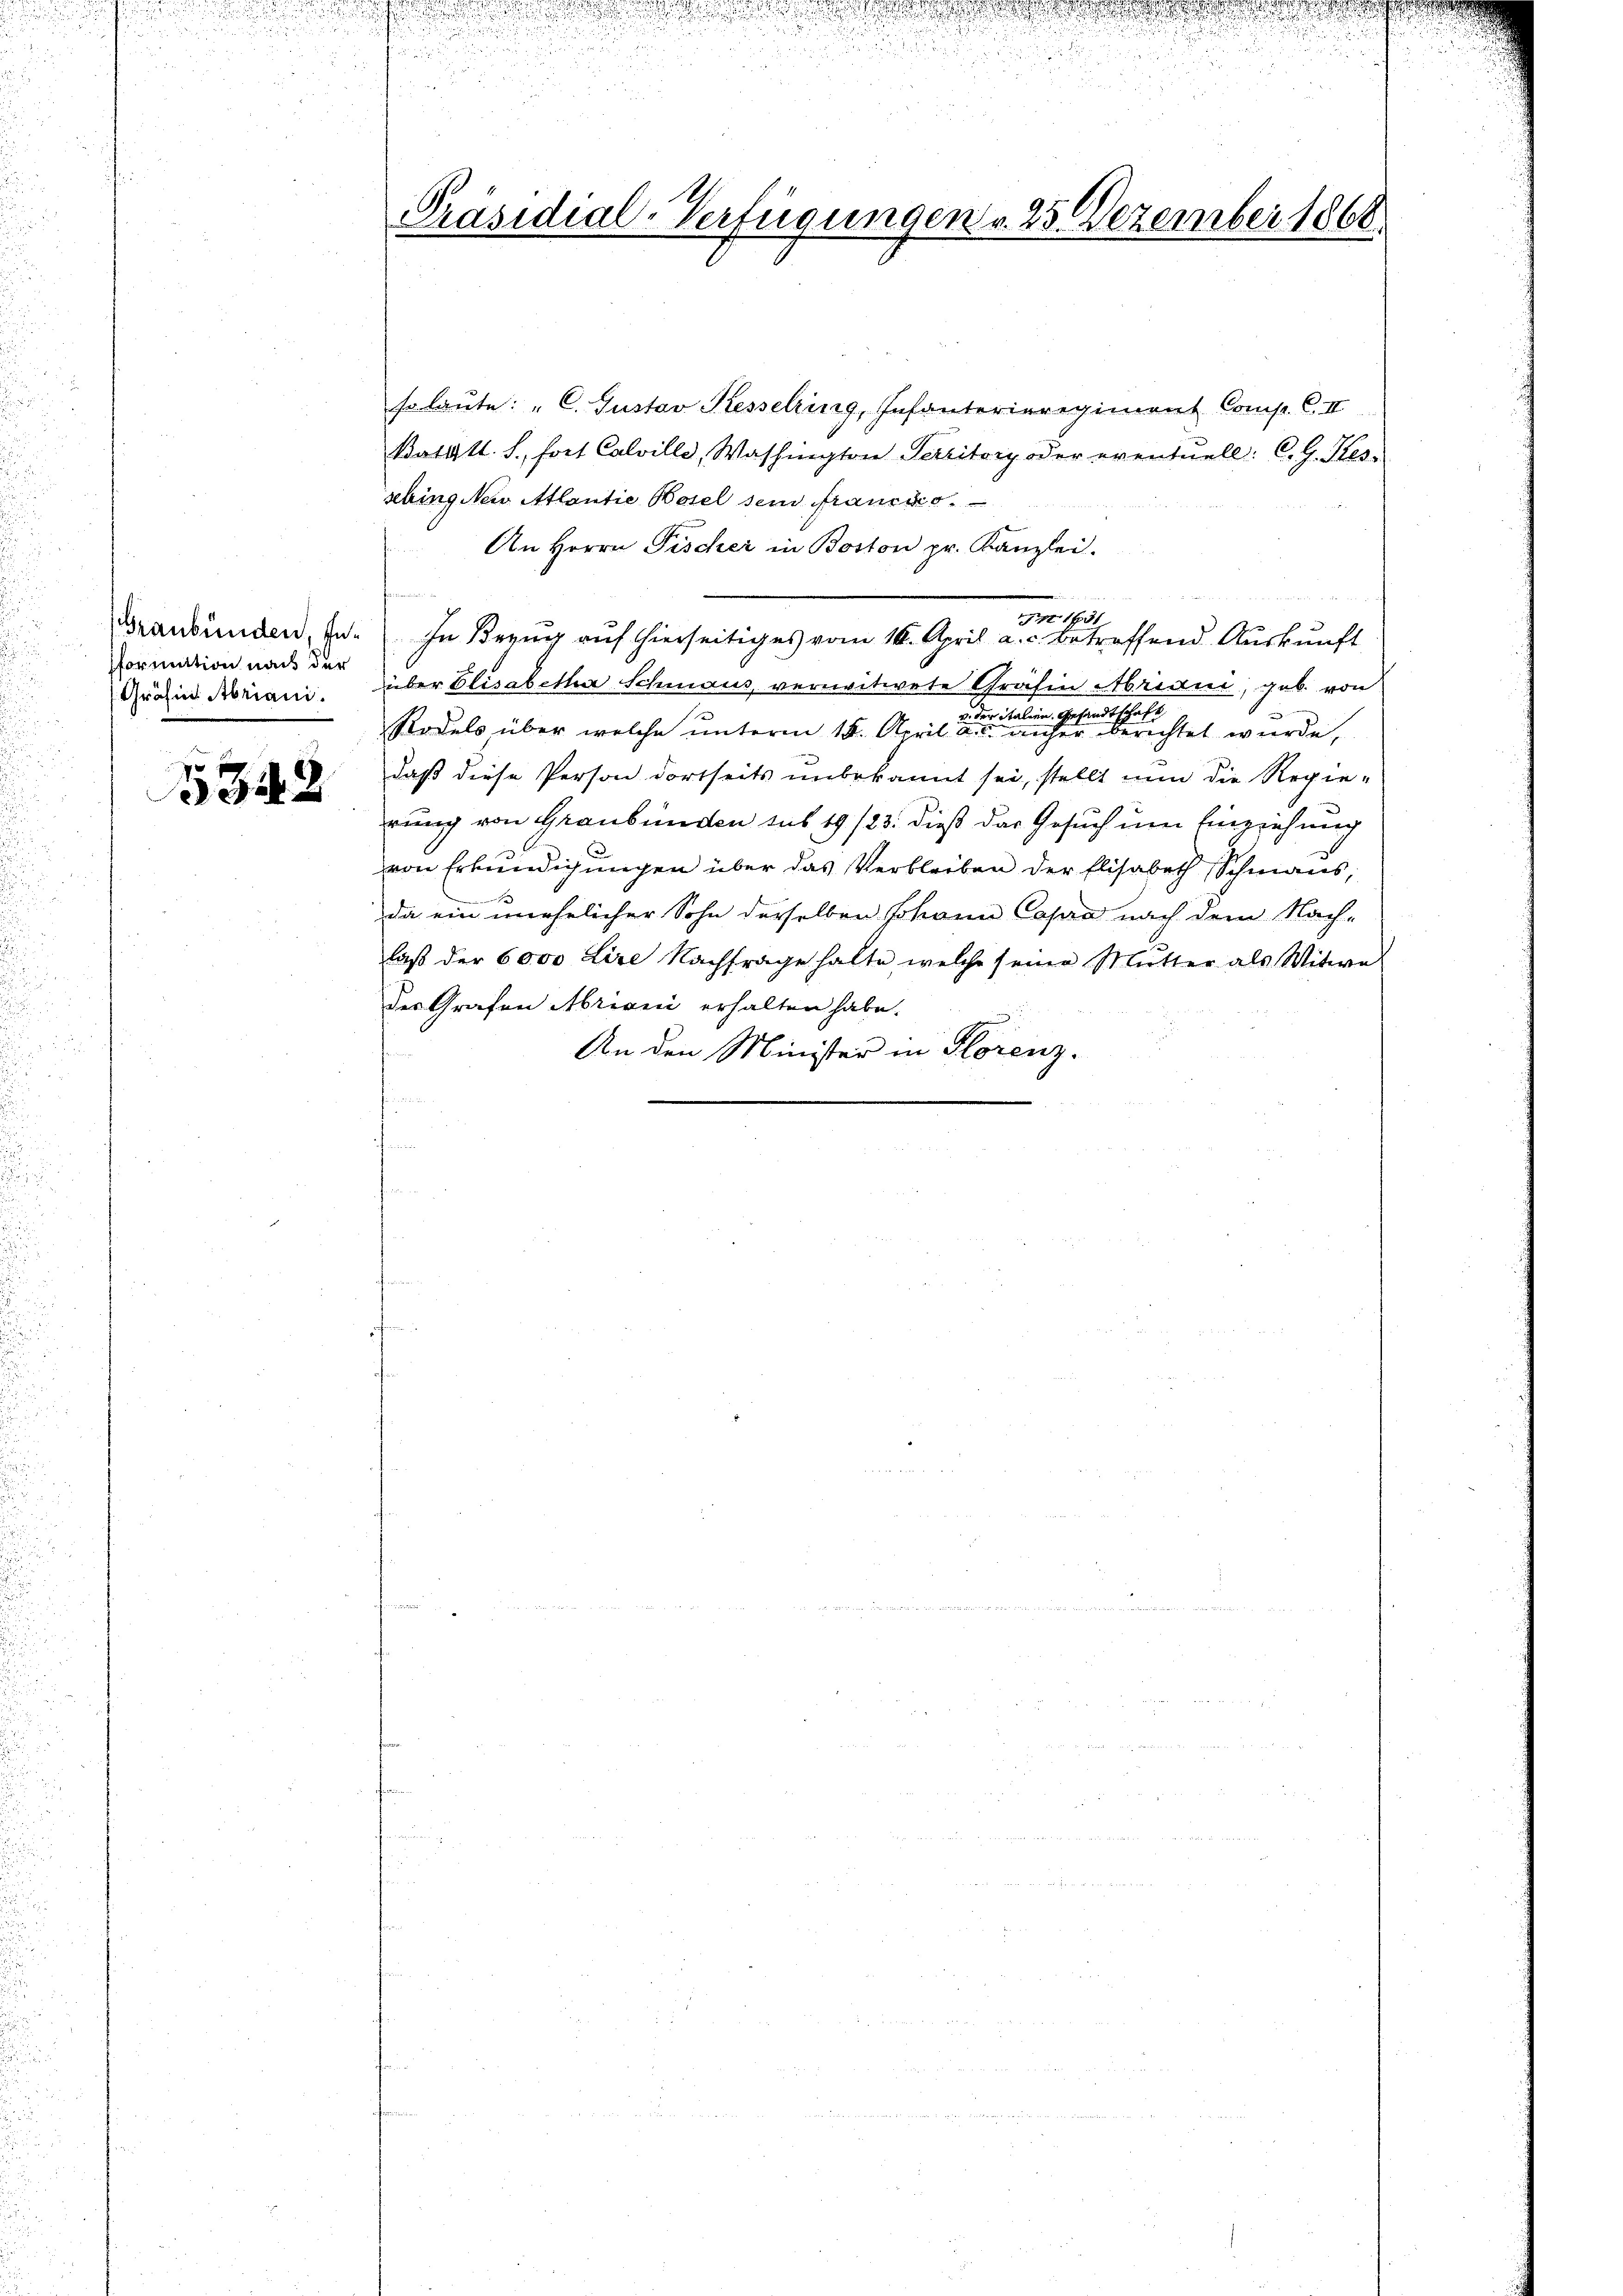
Graubünden, Information nach der
Gräfin Abriani.

342

2

daeneranstan

Präsidial-Verfügungen v. 25 Dezember 1868.

so laute: "C. Gustav Kesselring, Infanterieregiment Comp. C. II
Bathtl. S., fort Calville, Washington Territory oder eventuell: C.G. Tes-
sching Nein Atlantie Basel sein franzges.
An Herrn Fischer in Boston pr. Kanzlei.
1651
In Bezug auf hierseitiges vom 16. April a. c. betreffend Auskunft
über Elisabetha Schmaus, vereitwete Gräfin Abrede, geb. von
v. der italien, Gesandtschafodels über welche unterm 18. April a reicher berichtet wurde,
daß diese Person dortseits unbekannt sei, stellt nun die Regie-
rung von Graubünden sub 19/23. dieß das Gesuch um Einziehung
von Erkundigungen über das Verbleiben der Elisabeth Schmaus;

da ein unehelicher Sohn derselben Johann Capra nach dem Nach-
laß der 6000 Lire Nachfrage halte welche seine Mutter als Witwe
des Grafen Abriani erhalten habe.
An den Minister in Florenz-

.